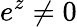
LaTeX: e^{z}\neq 0